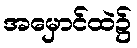
အမှောင်ထဲ၌